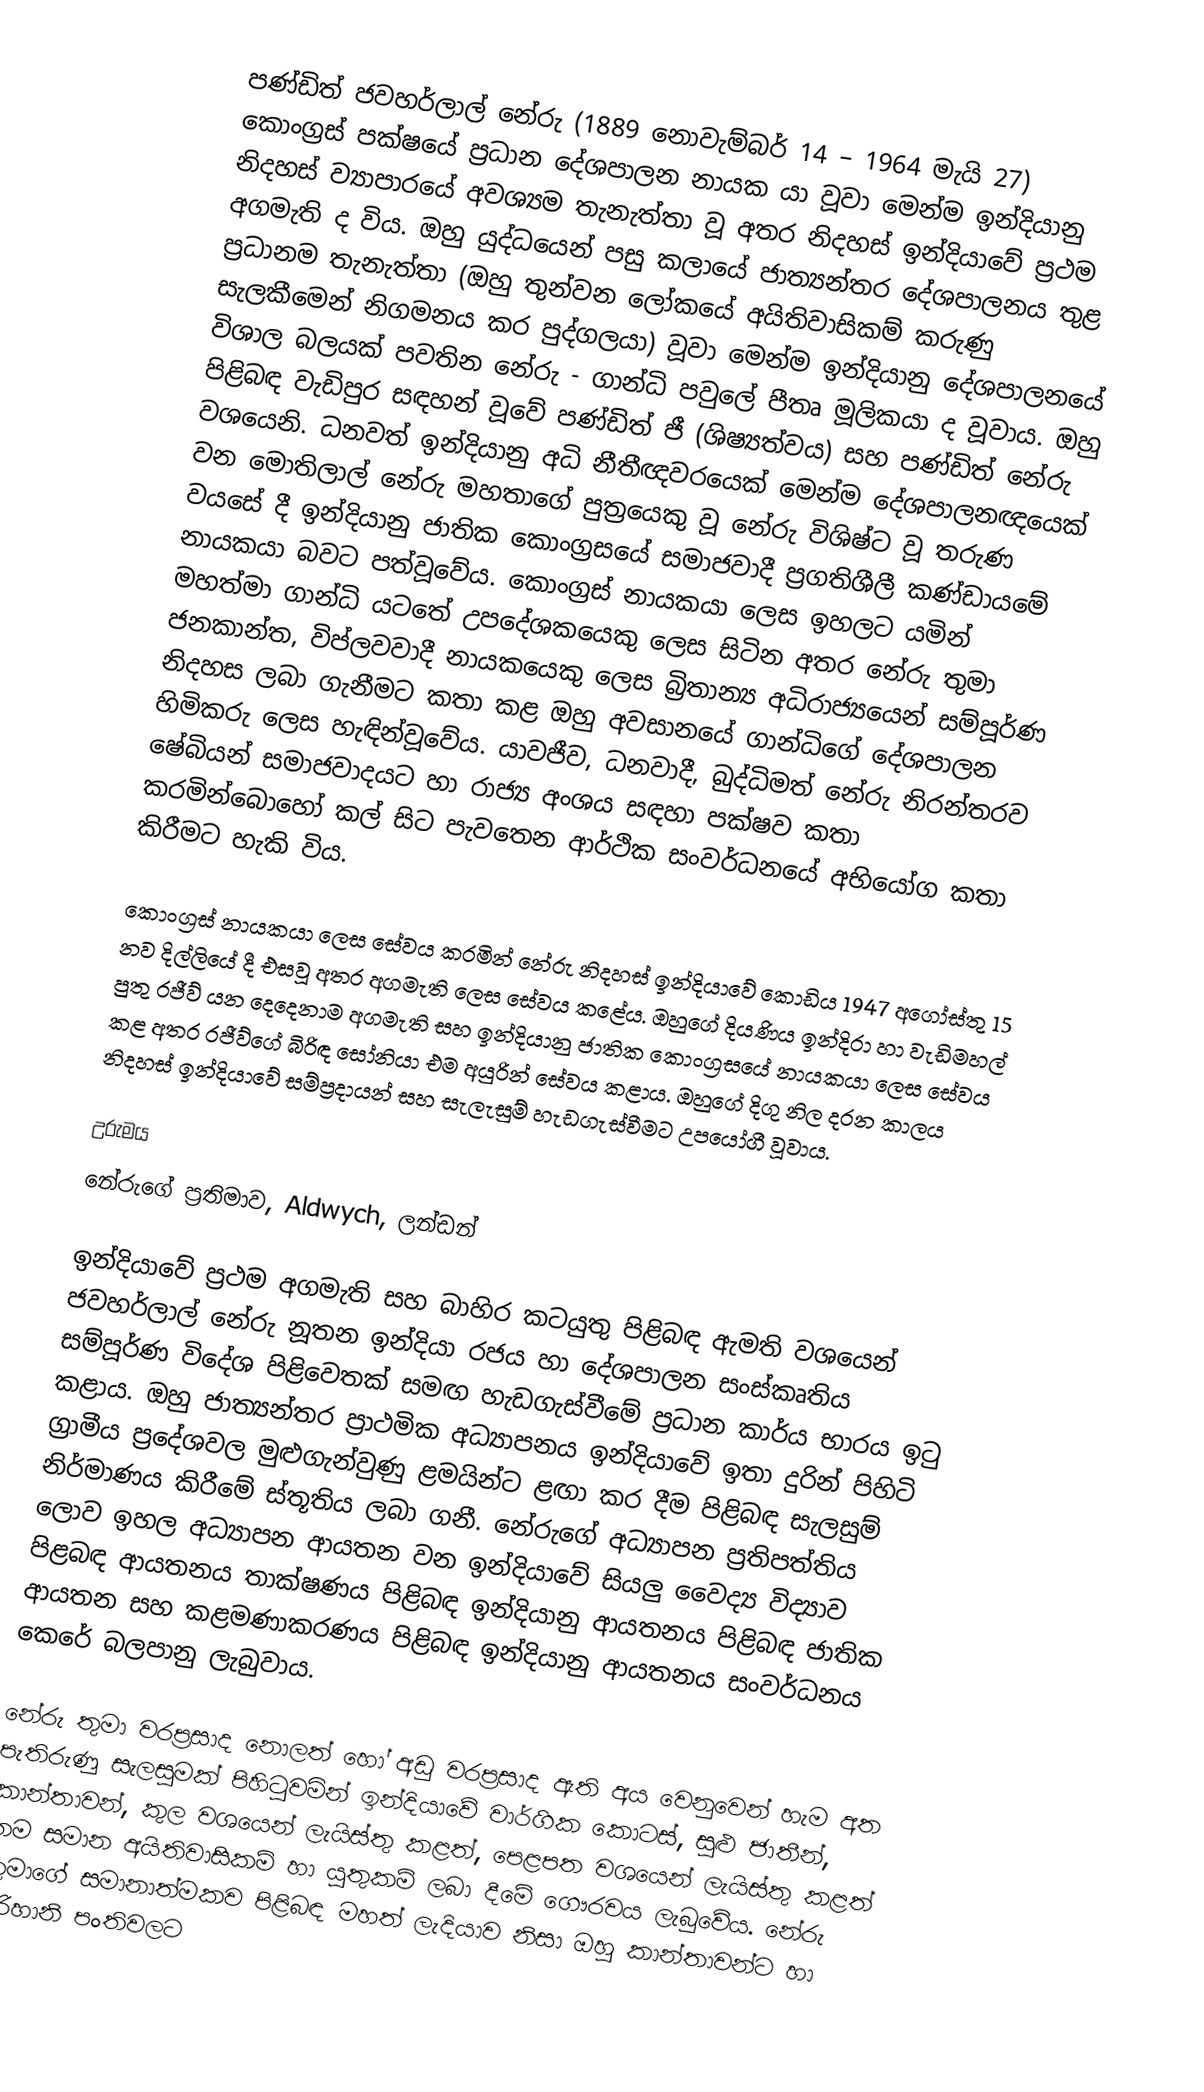
පණ්ඩිත් ජවහර්ලාල් නේරු (1889 නොවැම්බර් 14 – 1964 මැයි 27) කොංග්‍රස් පක්ෂයේ ප්‍රධාන දේශපාලන නායක යා වූවා මෙන්ම ඉන්දියානු නිදහස් ව්‍යාපාරයේ අවශ්‍යම තැනැත්තා වූ අතර නිදහස් ඉන්දියාවේ ප්‍රථම අගමැති ද විය. ඔහු යුද්ධයෙන් පසු කලායේ ජාත්‍යන්තර දේශපාලනය තුළ ප්‍රධානම තැනැත්තා (ඔහු තුන්වන ලෝකයේ අයිතිවාසිකම් කරුණු සැලකීමෙන් නිගමනය කර පුද්ගලයා) වූවා මෙන්ම ඉන්දියානු දේශපාලනයේ විශාල බලයක් පවතින නේරු - ගාන්ධි පවුලේ පීතෘ මූලිකයා ද වූවාය. ඔහු පිළිබඳ වැඩිපුර සඳහන් වූවේ පණ්ඩිත් ජී (ශිෂ්‍යත්වය) සහ පණ්ඩිත් නේරු වශයෙනි. ධනවත් ඉන්දියානු අධි නීතීඥවරයෙක් මෙන්ම දේශපාලනඥයෙක් වන මොතිලාල් නේරු මහතාගේ පුත්‍රයෙකු වූ නේරු විශිෂ්ට වූ තරුණ වයසේ දී ඉන්දියානු ජාතික කොංග්‍රසයේ සමාජවාදී ප්‍රගතිශීලී කණ්ඩායමේ නායකයා බවට පත්වූවේය. කොංග්‍ර‍ස් නායකයා ලෙස ඉහලට යමින් මහත්මා ගාන්ධි යටතේ උපදේශකයෙකු ලෙස සිටින අතර නේරු තුමා ජනකාන්ත, විප්ලවවාදී නායකයෙකු ලෙස බ්‍රිතාන්‍ය අධිරාජ්‍යයෙන් සම්පූර්ණ නිදහස ලබා ගැනීමට කතා කළ ඔහු අවසානයේ ගාන්ධිගේ දේශපාලන හිමිකරු ලෙස හැඳින්වූවේය. යාවජීව, ධනවාදී, බුද්ධිමත් නේරු නිරන්තරව ෂේබියන් සමාජවාදයට හා රාජ්‍ය අංශය සඳහා පක්ෂව කතා කරමින්‍බොහෝ කල් සිට පැවතෙන ආර්ථික සංවර්ධනයේ අභියෝග කතා කිරීමට හැකි විය.

කොංග්‍රස් නායකයා ලෙස සේවය කරමින් නේරු නිදහස් ඉන්දියාවේ කොඩිය 1947 අගෝස්තු 15 නව දිල්ලියේ දී එසවූ අතර අගමැති ලෙස සේවය කළේය. ඔහුගේ දියණිය ඉන්දිරා හා වැඩිමහල් පුතු රජීව් යන දෙදෙනාම අගමැති සහ ඉන්දියානු ජාතික කොංග්‍රසයේ නායකයා ලෙස සේවය කළ අතර රජීව්ගේ බිරිඳ සෝනියා එම අයුරින් සේවය කළාය. ඔහුගේ දිගු නිල දරන කාලය නිදහස් ඉන්දියාවේ සම්ප්‍රදායන් සහ සැලැසුම් හැඩගැස්වීමට උපයෝගී වූවාය.

උරුමය
නේරුගේ ප්‍රතිමාව, Aldwych, ලන්ඩන්

ඉන්දියාවේ ප්‍රථම අගමැති සහ බාහිර කටයුතු පිළිබඳ ඇමති වශයෙන් ජවහර්ලාල් නේරු නූතන ඉන්දියා රජය හා දේශපාලන සංස්කෘතිය සම්පූර්ණ විදේශ පිළිවෙතක් සමඟ හැඩගැස්වීමේ ප්‍රධාන කාර්ය භාරය ඉටු කළාය. ඔහු ජාත්‍යන්තර ප්‍රාථමික අධ්‍යාපනය ඉන්දියාවේ ඉතා දුරින් පිහිටි ග්‍රාමීය ප්‍රදේශවල මුළුගැන්වුණු ළමයින්ට ළඟා කර දීම පිළිබඳ සැලසුම් නිර්මාණය කිරීමේ ස්තූතිය ලබා ගනී. නේරුගේ අධ්‍යාපන ප්‍රතිපත්තිය ලොව ඉහල අධ්‍යාපන ආයතන වන ඉන්දියාවේ සියලු වෛද්‍ය විද්‍යාව පිළබඳ ආයතනය තාක්ෂණය පිළිබඳ ඉන්දියානු ආයතනය පිළිබඳ ජාතික ආයතන සහ කළමණාකරණය පිළිබඳ ඉන්දියානු ආයතනය සංවර්ධනය කෙරේ බලපානු ලැබුවාය.

නේරු තුමා වරප්‍රසාද නොලත් හෝ අඩු වරප්‍රසාද ඇති අය වෙනුවෙන් හැම අත පැතිරුණු සැලසුමක් පිහිටුවමින් ඉන්දියාවේ වාර්ගික කොටස්, සුළු ජාතීන්, කාන්තාවන්, කුල වශයෙන් ලැයිස්තු කළත්, පෙළපත වශයෙන් ලැයිස්තු කළත් තම සමාන අයිතිවාසිකම් හා යුතුකම් ලබා දීමේ ගෞරවය ලැබුවේය. නේරු තුමාගේ සමානාත්මකව පිළිබඳ මහත් ලැදියාව නිසා ඔහු කාන්තාවන්ට හා පරිහානි පංතිවලට